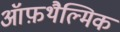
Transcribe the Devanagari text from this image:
ऑफ़थैल्मिक